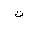
Letter: _ta